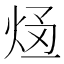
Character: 𭴥